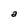
Character: a